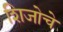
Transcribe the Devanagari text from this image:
शिजोचे